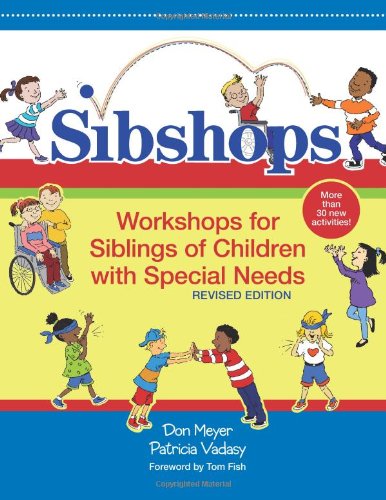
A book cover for Sibshops: Workshops for Siblings of Children with Special Needs, Revised Edition; Donald J. Meyer; Parenting & Relationships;